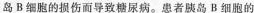
岛B细胞的损伤而导致糖尿病。者胰岛B细胞的